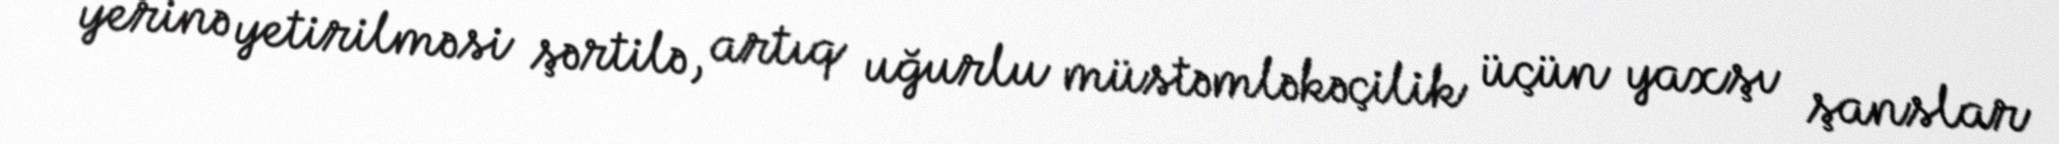
yerinə yetirilməsi şərtilə, artıq uğurlu müstəmləkəçilik üçün yaxşı şanslar